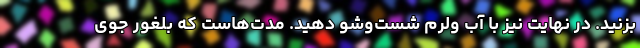
بزنید. در نهایت نیز با آب ولرم شست‌وشو دهید. مدت‌هاست که بلغور جوی